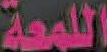
اللمعة